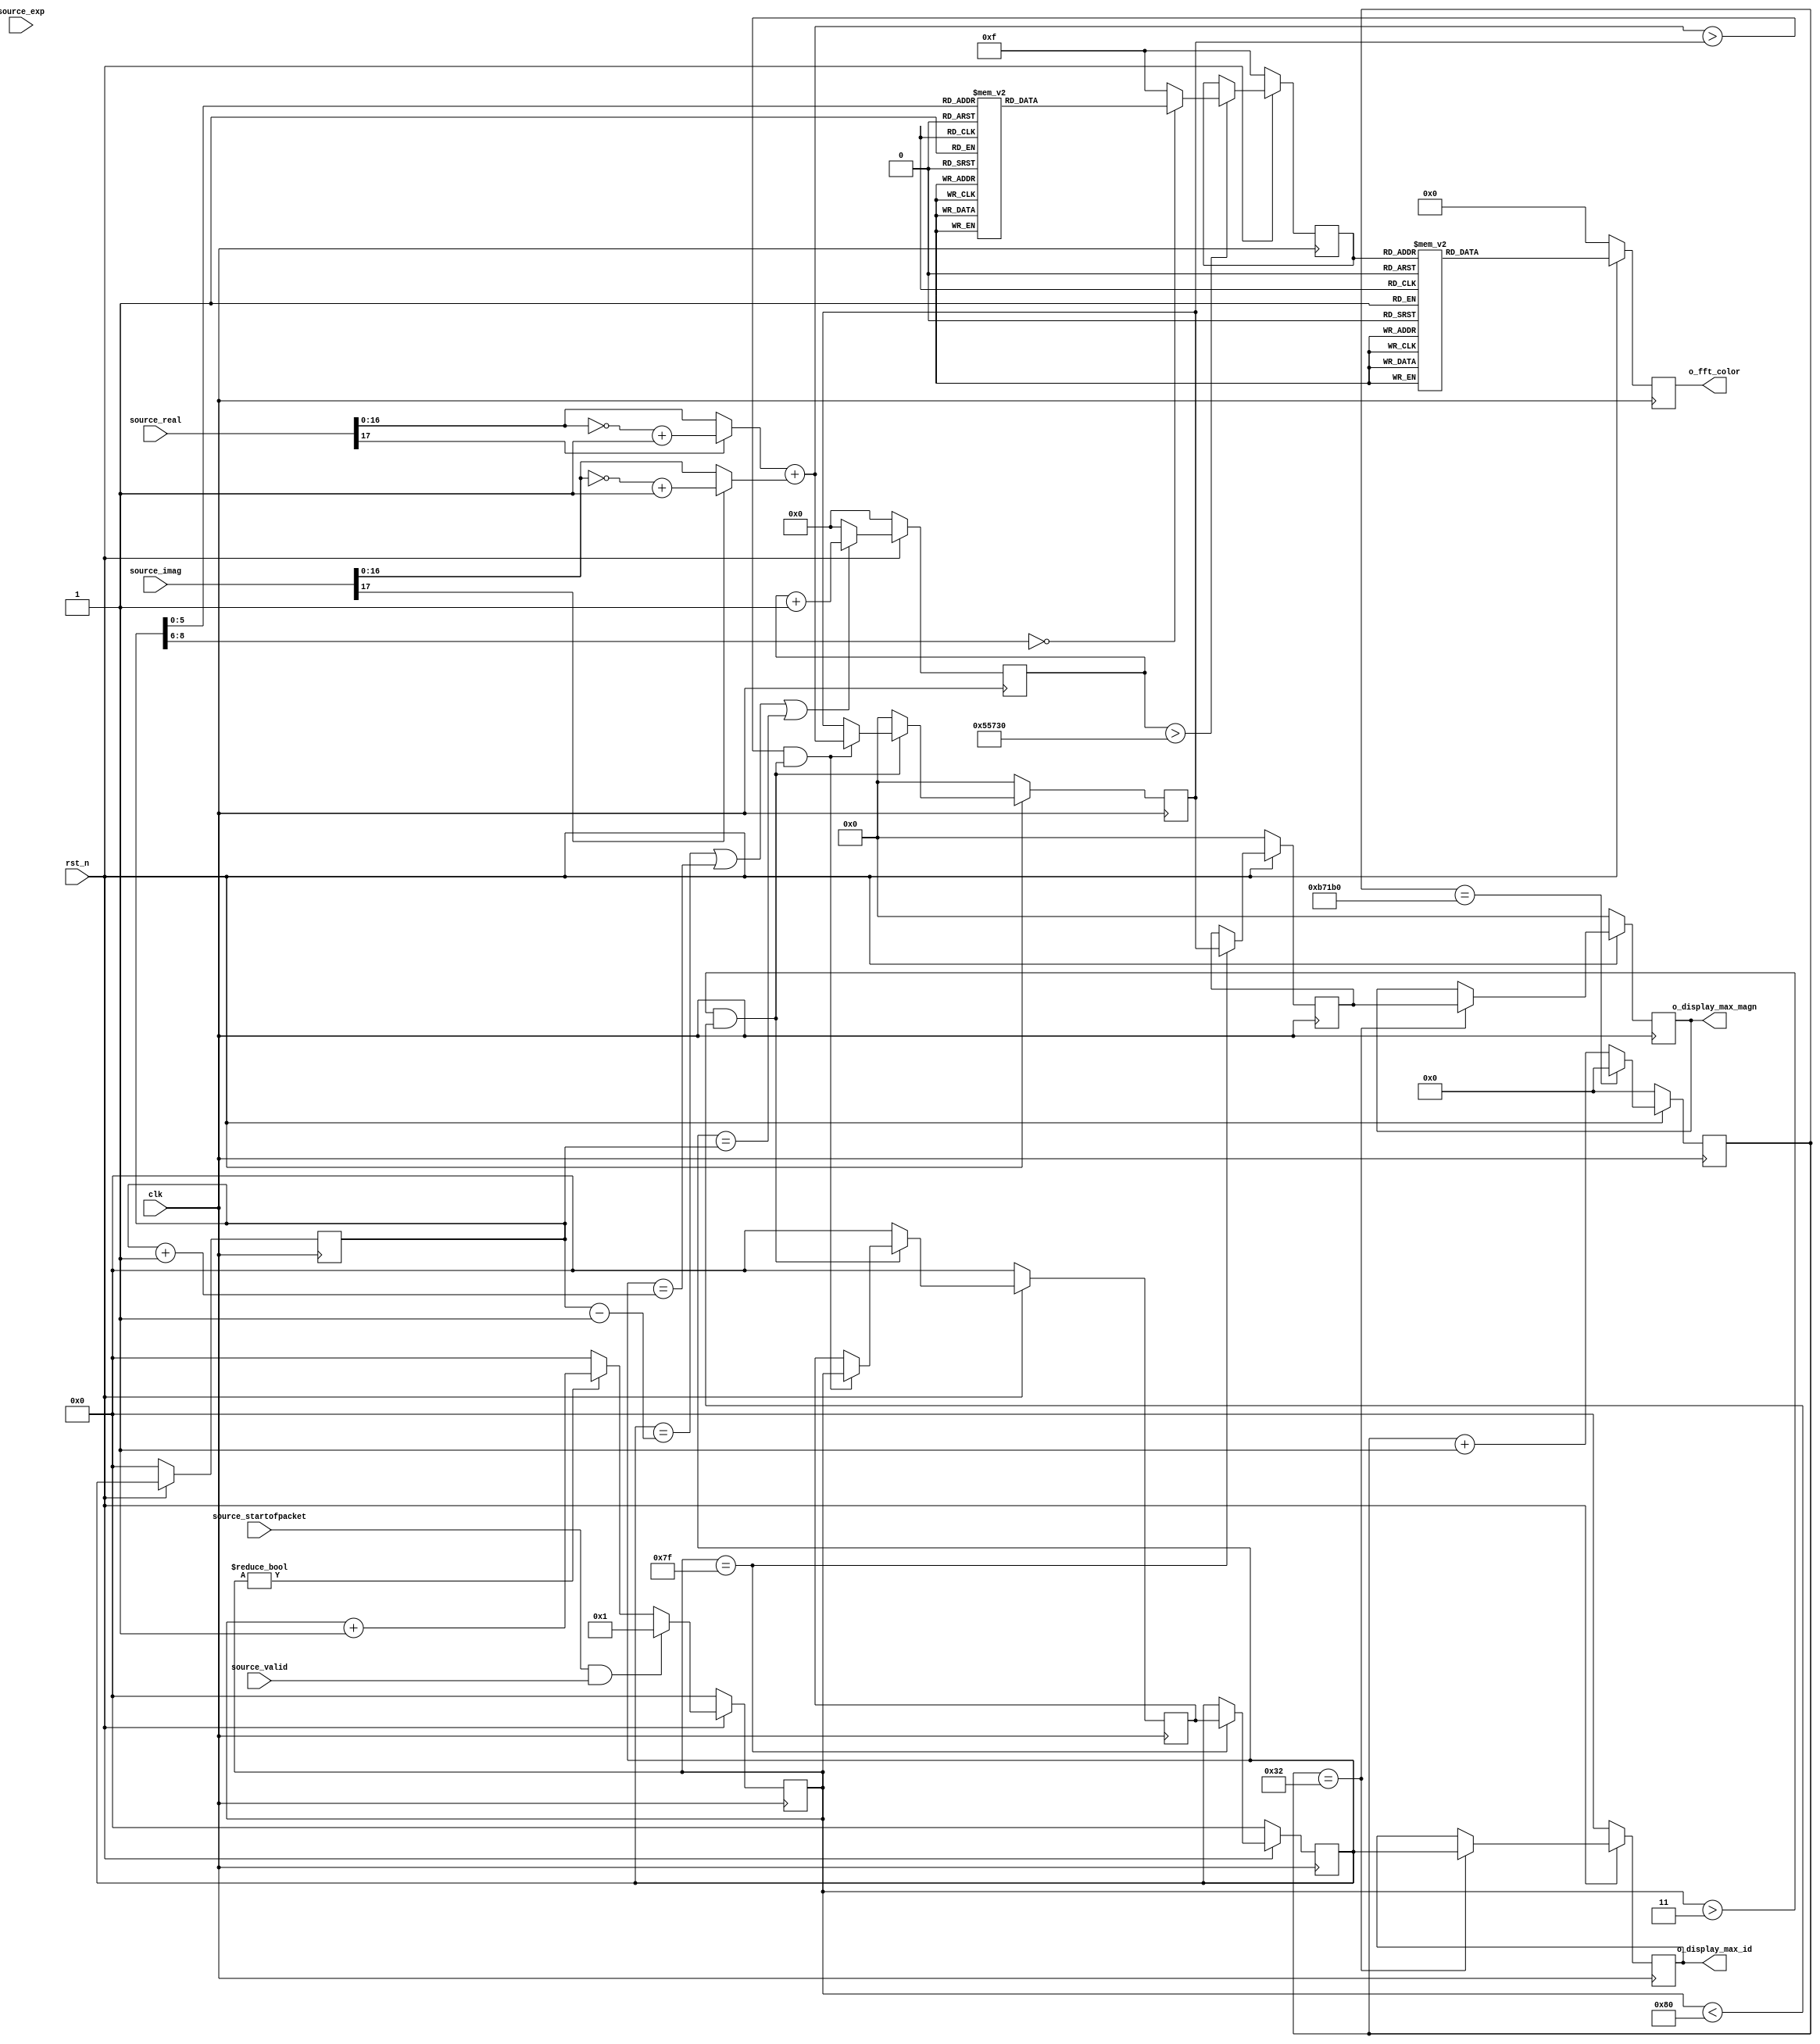
module fft_calfre(
input  clk, //750k
input  rst_n,
input  		   source_startofpacket,
input  [17:0]  source_real,
input  [17:0]  source_imag,
input  [5:0]   source_exp,
input          source_valid,

output [17:0]  o_display_max_magn,
output [10:0]  o_display_max_id,

output [15:0]  o_fft_color
);
parameter   displaytime = 750000;

// for color
parameter red = 16'b1_11111_00000_00000;        //red
parameter orange = 16'b1_11111_10011_00011;
parameter yellow = 16'b1_11111_11111_00000;     // yellow
parameter green = 16'b1_00000_11111_00000;	    // green
parameter light_blue = 16'b1_00000_11111_11111;	// light blue
parameter blue = 16'b1_00000_00000_11111;	    // blue
parameter purple = 16'b1_11111_00000_11111;     // purple
parameter white = 16'b1_11111_11111_11111;   	// white
parameter black = 16'b1_00000_00000_00000;   	// black
parameter transparent = 16'b0_00000_00000_00000;


function automatic integer log2;
    input integer in;
    integer in2;
begin
    in2 = in;

    for(log2 = 0; in2 > 1; log2 = log2+1) begin
        in2 = in2>>1;
    end
end
endfunction

reg    [10:0]   length_cont_r;  //count 1024 cycle
wire   [10:0]   length_cont_w;

reg    [19:0]   fft_length_r;
wire   [19:0]   fft_length_w;
reg    [10:0]   tmp_fft_id_r;
wire   [10:0]   tmp_fft_id_w;

reg    [3:0]    fft_mode_r;
reg    [3:0]    fft_mode_w;
wire            fft_change_mode;
///////////////////////////
wire   [17:0]   source_magn;



reg    [24:0]   display_cont_r; //display every x second
wire   [24:0]   display_cont_w;

reg    [17:0]   display_max_magn_r;
wire   [17:0]   display_max_magn_w;
reg    [10:0]   display_max_id_r;
wire   [10:0]   display_max_id_w;

reg    [17:0]   max_magn_r;
wire   [17:0]   max_magn_w;
reg    [10:0]   max_id_r;
wire   [10:0]   max_id_w;

reg    [17:0]   f_max_magn_r;
wire   [17:0]   f_max_magn_w;
reg    [10:0]   f_max_id_r;
wire   [10:0]   f_max_id_w;


wire            fft_valid = (length_cont_r>11'd3 && length_cont_r<11'd128);

// shift source_exp to cordic
wire [17:0] vc_x, vc_y;
wire [3:0]  neg_exp;
assign neg_exp = (~(source_exp[3:0]))+4'd1;

assign vc_x = (source_real<<neg_exp[3:0]);//:(source_real>>>source_exp[3:0]);
assign vc_y = (source_imag<<neg_exp[3:0]);//:(source_imag>>>source_exp[3:0]);
//wire [5:0]  neg_exp={1'b0,~source_exp[4:0]}+1;

wire [16:0] source_real_ab,source_imag_ab;

assign source_real_ab = source_real[17]? ~source_real[16:0] +1 :source_real[16:0];
assign source_imag_ab = source_imag[17]? ~source_imag[16:0] +1 :source_imag[16:0];

//assign source_real_ab = vc_x[17]? ~vc_x[16:0] +1 :vc_x[16:0];
//assign source_imag_ab = vc_y[17]? ~vc_y[16:0] +1 :vc_y[16:0];

assign source_magn = {1'b0,source_real_ab}+{1'b0,source_imag_ab};
assign length_cont_w = (source_startofpacket&&source_valid) ? 1 : 
					   	   length_cont_r!=0 ? length_cont_r+1:
					   	   					  0 ;

assign display_cont_w = display_cont_r==displaytime? 0 : display_cont_r+1;

assign display_max_magn_w= display_cont_r==50? f_max_magn_r : display_max_magn_r;
assign display_max_id_w  = display_cont_r==50? f_max_id_r   : display_max_id_r;

// max function
assign max_magn_w = ~fft_valid ? 0: (source_magn>max_magn_r && fft_valid) ? source_magn    : max_magn_r;
assign max_id_w   = ~fft_valid ? 0: (source_magn>max_magn_r && fft_valid) ? length_cont_r  : max_id_r;

assign f_max_magn_w = length_cont_r==11'd127 ? max_magn_r : f_max_magn_r;
assign f_max_id_w   = length_cont_r==11'd127 ? max_id_r   : f_max_id_r;

//fft change mode
wire   [8:0] fft_id;

assign tmp_fft_id_w = f_max_id_r;
assign fft_length_w = (f_max_id_r==tmp_fft_id_r-11'd1 || f_max_id_r==tmp_fft_id_r+11'd1 ||f_max_id_r==tmp_fft_id_r)? fft_length_r+20'd1 :0;
//assign fft_change_mode = fft_length_r > 20'd350000;
assign fft_change_mode = fft_length_r > 20'd350000;

assign fft_id = tmp_fft_id_r[8:0];
always@(*)begin
	/*if(fft_change_mode)
		if(fft_id==9'd15)
			fft_mode_w = 4'd1;
		else
			fft_mode_w = 4'd2;
	else
		fft_mode_w = 4'd4;
	*/
	if(fft_change_mode) begin
		case(fft_id)
			9'd13:fft_mode_w = 4'd0;
			9'd14:fft_mode_w = 4'd0;
			9'd15:fft_mode_w = 4'd1;
			9'd16:fft_mode_w = 4'd1;
			9'd17:fft_mode_w = 4'd2;
			9'd18:fft_mode_w = 4'd2;
			9'd19:fft_mode_w = 4'd3;
			9'd20:fft_mode_w = 4'd3;
			9'd21:fft_mode_w = 4'd4;
			9'd22:fft_mode_w = 4'd4;
			9'd23:fft_mode_w = 4'd5;
			9'd24:fft_mode_w = 4'd5;
			9'd25:fft_mode_w = 4'd6;
			9'd26:fft_mode_w = 4'd6;
			9'd27:fft_mode_w = 4'd7;
			9'd28:fft_mode_w = 4'd7;
			9'd29:fft_mode_w = 4'd8;
			9'd30:fft_mode_w = 4'd8;
			9'd31:fft_mode_w = 4'd9;
			9'd32:fft_mode_w = 4'd9;
		default:fft_mode_w = 4'b1111;
		endcase // tmp_fft_id_r
	end
	else
		fft_mode_w = fft_mode_r;

end
reg  [15:0] fft_color_w, fft_color_r;
always@(*)begin
/*	if(fft_mode_r==4'd1)
		o_fft_color = red;
	else
		o_fft_color = black;
*/	
	case (fft_mode_r)
		4'd0: fft_color_w = red;
		4'd1: fft_color_w = orange;
		4'd2: fft_color_w = yellow;
		4'd3: fft_color_w = green;
		4'd4: fft_color_w = light_blue;
		4'd5: fft_color_w = blue;
		4'd6: fft_color_w = purple;
		4'd7: fft_color_w = white;
		4'd8: fft_color_w = black;
		4'd9: fft_color_w = transparent;
		default :  fft_color_w = black;
	endcase
end

assign o_fft_color = fft_color_r;

//display every second
assign o_display_max_magn= display_max_magn_r;
assign o_display_max_id  = display_max_id_r;

always @(posedge clk) begin : proc_wait_cont_r
	if(~rst_n) begin
		length_cont_r <= 0;		
		display_cont_r<= 0;
		display_max_magn_r<=0;
		display_max_id_r<=0;

		max_magn_r    <=0;
		max_id_r      <=0;
		f_max_magn_r  <=0;
		f_max_id_r    <=0;

		fft_length_r  <=0;
		tmp_fft_id_r  <=0;
		fft_mode_r    <=4'd15;
		fft_color_r   <=0;
	end else begin
		length_cont_r <= length_cont_w;
		display_cont_r    <= display_cont_w;
		display_max_magn_r<= display_max_magn_w;
		display_max_id_r  <= display_max_id_w;
		
		max_magn_r    <= max_magn_w;
		max_id_r      <= max_id_w;
		f_max_magn_r  <= f_max_magn_w;
		f_max_id_r    <= f_max_id_w;

		fft_length_r  <= fft_length_w;
		tmp_fft_id_r  <= tmp_fft_id_w;
		fft_mode_r    <= fft_mode_w;
		fft_color_r   <= fft_color_w;
	end
end

endmodule